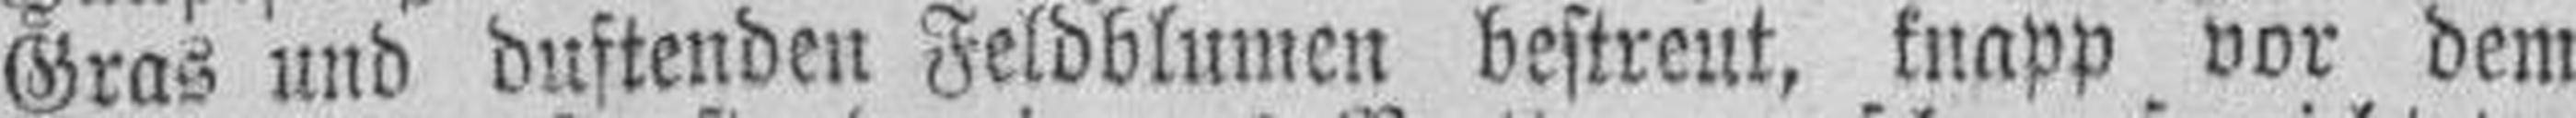
Gras und duftenden Feldblumen bestreut, knapp vor dem